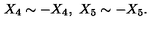
X _ { 4 } \sim - X _ { 4 } , \ X _ { 5 } \sim - X _ { 5 } .